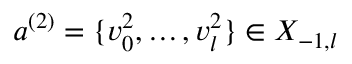
a ^ { ( 2 ) } = \{ v _ { 0 } ^ { 2 } , \ldots , v _ { l } ^ { 2 } \} \in X _ { - 1 , l }